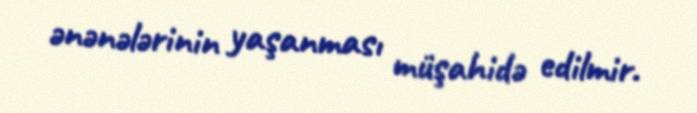
ənənələrinin yaşanması müşahidə edilmir.